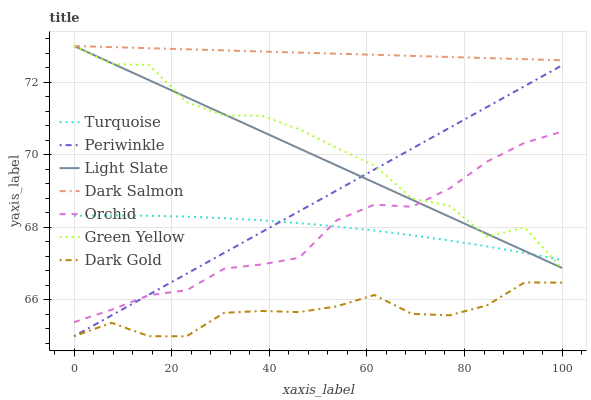
| xaxis_label | Turquoise | Periwinkle | Light Slate | Dark Salmon | Orchid | Green Yellow | Dark Gold |
 | --- | --- | --- | --- | --- | --- | --- | --- |
 | 0 | 68.3 | 65 | 73 | 73 | 65.4 | 73 | 65 |
 | 7.69 | 68.3 | 65.6 | 72.5 | 73 | 65.7 | 72.5 | 65.4 |
 | 15.4 | 68.3 | 66.1 | 72.1 | 72.9 | 66.1 | 72.5 | 65 |
 | 23.1 | 68.3 | 66.7 | 71.6 | 72.9 | 66.3 | 71.5 | 65 |
 | 30.8 | 68.3 | 67.3 | 71.1 | 72.9 | 66.9 | 71.1 | 65.6 |
 | 38.5 | 68.2 | 67.9 | 70.6 | 72.8 | 67 | 71.1 | 65.7 |
 | 46.2 | 68.1 | 68.4 | 70.2 | 72.8 | 67.2 | 70.7 | 65.7 |
 | 53.8 | 68 | 69 | 69.7 | 72.8 | 68.2 | 70.2 | 65.8 |
 | 61.5 | 67.9 | 69.6 | 69.2 | 72.8 | 68.6 | 69.7 | 66.1 |
 | 69.2 | 67.8 | 70.2 | 68.8 | 72.7 | 68.6 | 68.8 | 65.6 |
 | 76.9 | 67.6 | 70.7 | 68.3 | 72.7 | 69.1 | 68.6 | 65.6 |
 | 84.6 | 67.5 | 71.3 | 67.8 | 72.7 | 69.8 | 67.7 | 65.9 |
 | 92.3 | 67.3 | 71.9 | 67.4 | 72.6 | 70.3 | 68 | 66.5 |
 | 100 | 67.1 | 72.5 | 66.9 | 72.6 | 70.6 | 66.9 | 66.5 |